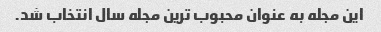
این مجله به عنوان محبوب ترین مجله سال انتخاب شد.